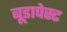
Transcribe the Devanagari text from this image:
बूडापेस्ट